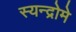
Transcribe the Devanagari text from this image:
स्यन्द्रोमे